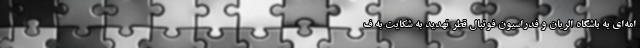
امه‌ای به باشگاه الریان و فدراسیون فوتبال قطر تهدید به شکایت به ف